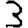
Digit: 3